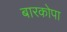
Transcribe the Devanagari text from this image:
बारकोपा